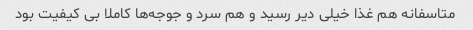
متاسفانه هم غذا خیلی دیر رسید و هم سرد و جوجه‌ها کاملا بی کیفیت بود